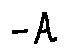
- A